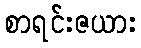
စာရင်းဇယား